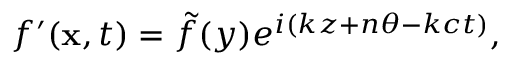
\begin{array} { r } { f ^ { \prime } ( \mathbf { x } , t ) = \tilde { f } ( y ) e ^ { i ( k z + n \theta - k c t ) } , } \end{array}